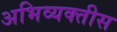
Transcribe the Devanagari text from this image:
अभिव्यक्तीस